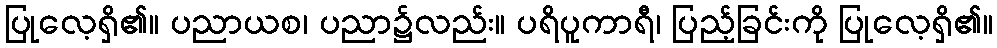
ပြုလေ့ရှိ၏။ ပညာယစ၊ ပညာ၌လည်း။ ပရိပူကာရီ၊ ပြည့်ခြင်းကို ပြုလေ့ရှိ၏။